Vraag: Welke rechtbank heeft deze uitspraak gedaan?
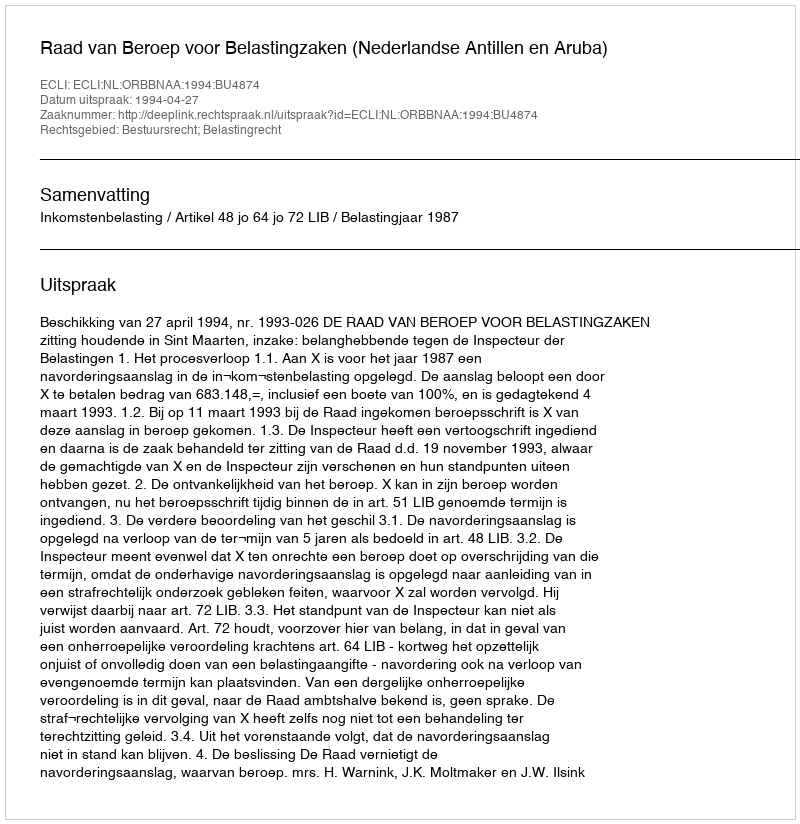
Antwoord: Raad van Beroep voor Belastingzaken (Nederlandse Antillen en Aruba)